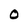
Character: O